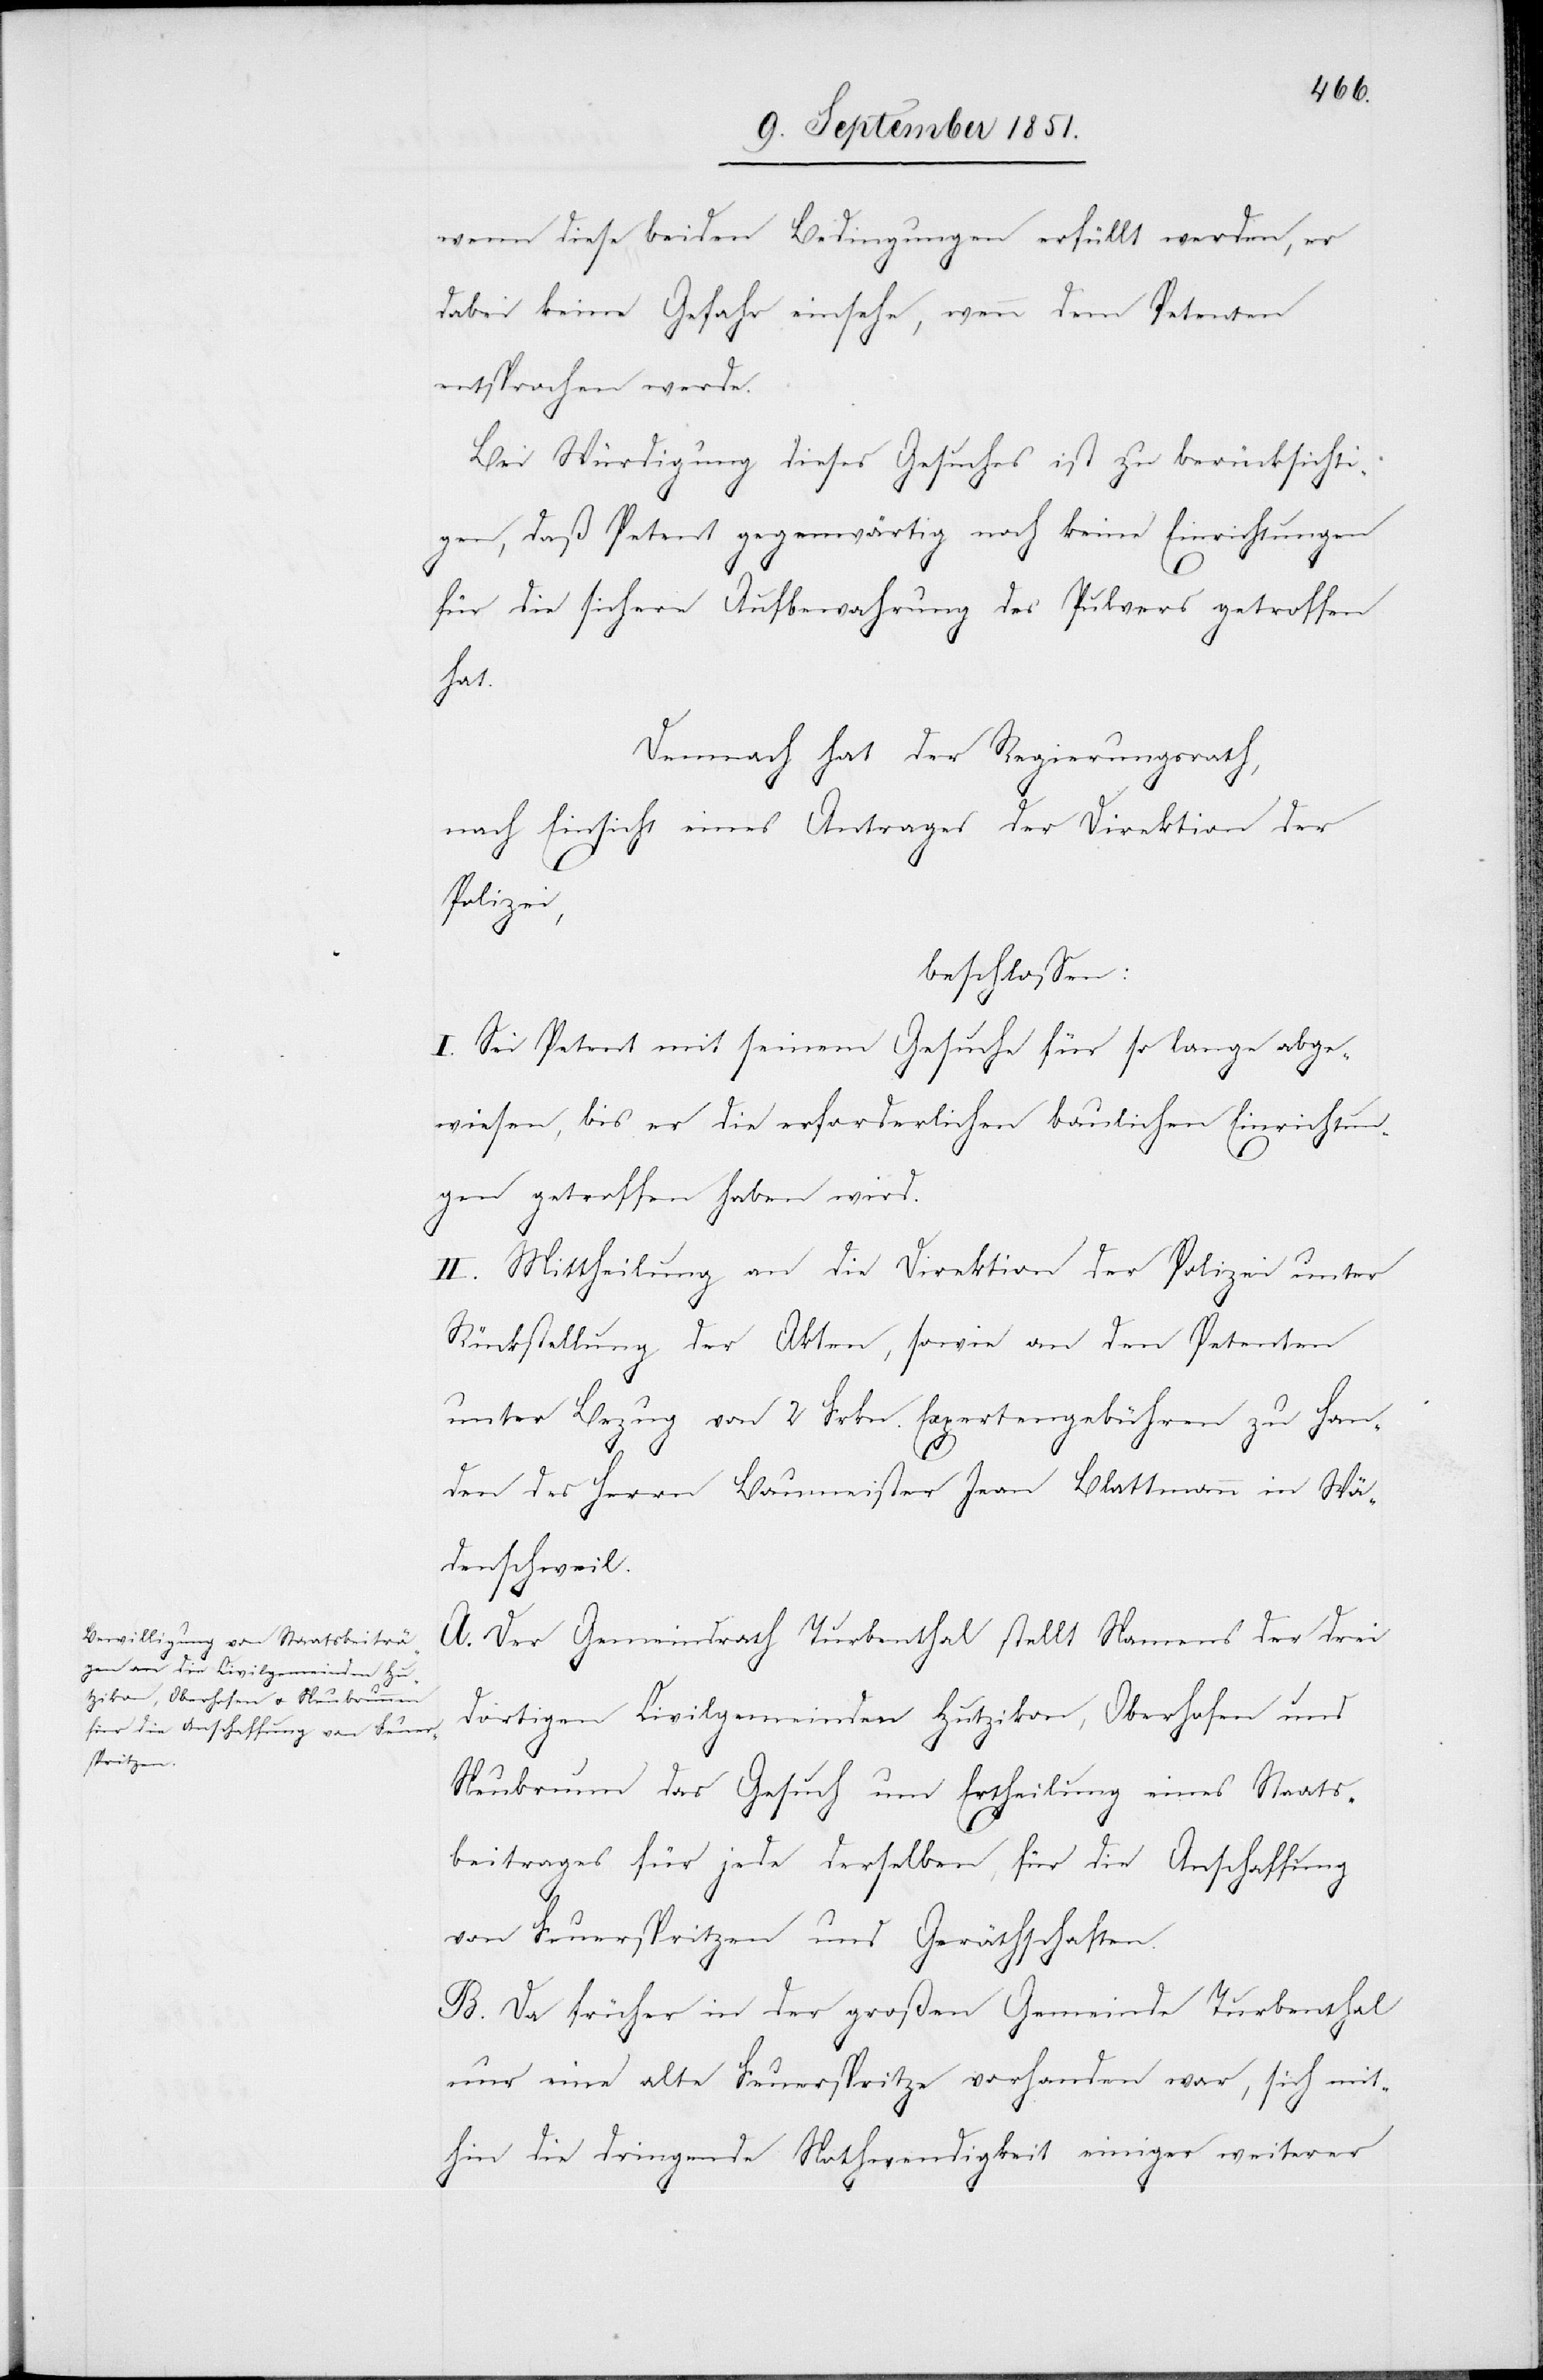
wenn diese beiden Bedingungen erfüllt werden, er
dabei keine Gefahr einsehe, wenn dem Petenten
entsprochen werde.
Bei Würdigung dieses Gesuches ist zu berücksichti¬
gen, daß Petent gegenwärtig noch keine Einrichtungen
für die sichere Aufbewahrung des Pulvers getroffen
hat.
Demnach hat der Regierungsrath,
nach Einsicht eines Antrages der Direktion der
Polizei,
beschlossen:
I. Sei Petent mit seinem Gesuche für so lange abge¬
wiesen, bis er die erforderlichen baulichen Einrichtun¬
gen getroffen haben wird.
II. Mittheilung an die Direktion der Polizei unter
Rückstellung der Akten, sowie an den Petenten
unter Bezug von 2 Frkn. Expertengebühren zu Han¬
den des Herrn Baumeister Jean Blattmann in Wä¬
denschweil.
A. Der Gemeindrath Turbenthal stellt Namens der drei
dortigen Civilgemeinden Hutzikon, Oberhofen und
Neubrunn das Gesuch um Ertheilung eines Staats¬
beitrages für jede derselben, für die Anschaffung
von Feuerspritzen und Geräthschaften.
B. Da früher in der großen Gemeinde Turbenthal
nur eine alte Feuerspritze vorhanden war, sich mit¬
hin die dringende Nothwendigkeit einiger weiterer